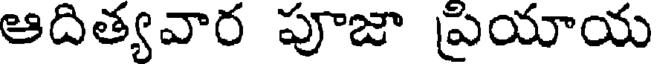
ఆదిత్యవార పూజా ప్రయాయ